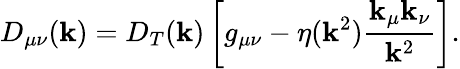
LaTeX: D_{\mu\nu}(\mathbf{k})=D_{T}(\mathbf{k})\left[g_{\mu\nu}-\eta(\mathbf{k}^{2})\frac{{\mathbf{k}_{\mu}\mathbf{k}_{\nu}}}{{\mathbf{k}^{2}}}\right].